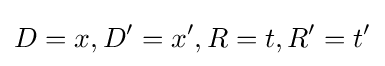
D=x,D'=x',R=t,R'=t'